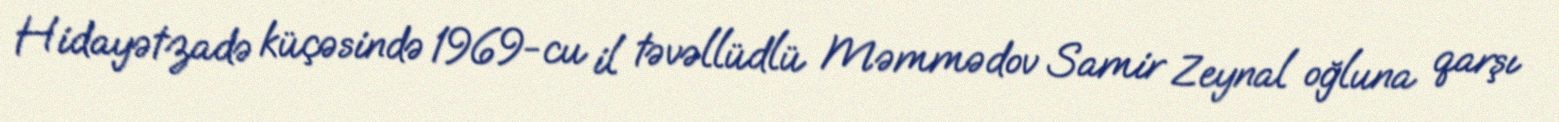
Hidayətzadə küçəsində 1969-cu il təvəllüdlü Məmmədov Samir Zeynal oğluna qarşı